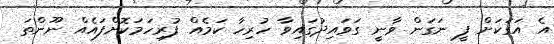
އެ އަގަކަށް ފީ ނަގަން ވާނީ ގަވައިދުގައިވާ ހުރިހާ ކަމެއް ފުރިހަމަކޮށްފައެއް ނޫންތަ